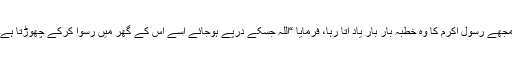
مجھے رسول اکرم کا وہ خطبہ بار بار یاد آتا رہا، فرمایا “اللہ جسکے درپے ہوجائے اسے اس کے گھر میں رسوا کرکے چھوڑتا ہے۔